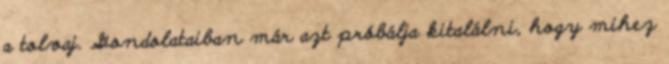
a tolvaj. Gondolataiban már azt próbálja kitalálni, hogy mihez